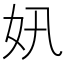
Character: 㚨